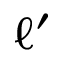
\ell ^ { \prime }